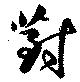
対